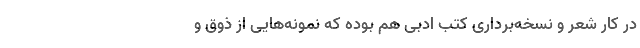
در کار شعر و نسخه‌برداری کتب ادبی هم بوده که نمونه‌‌هایی از ذوق و